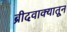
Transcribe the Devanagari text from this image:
ब्रीदवाक्यातून